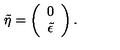
\tilde { \eta } = \left( \begin{array} { c } { 0 } \\ { \tilde { \epsilon } } \\ \end{array} \right) .